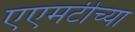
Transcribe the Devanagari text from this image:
एएमटीच्या